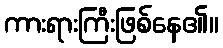
ကားရားကြီးဖြစ်နေ၏။